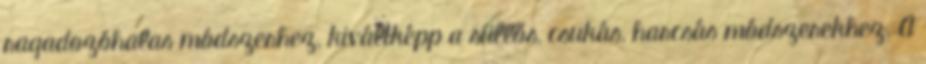
ragadozóhalas módszerhez, kiváltképp a süllős, csukás, harcsás módszerekhez. A